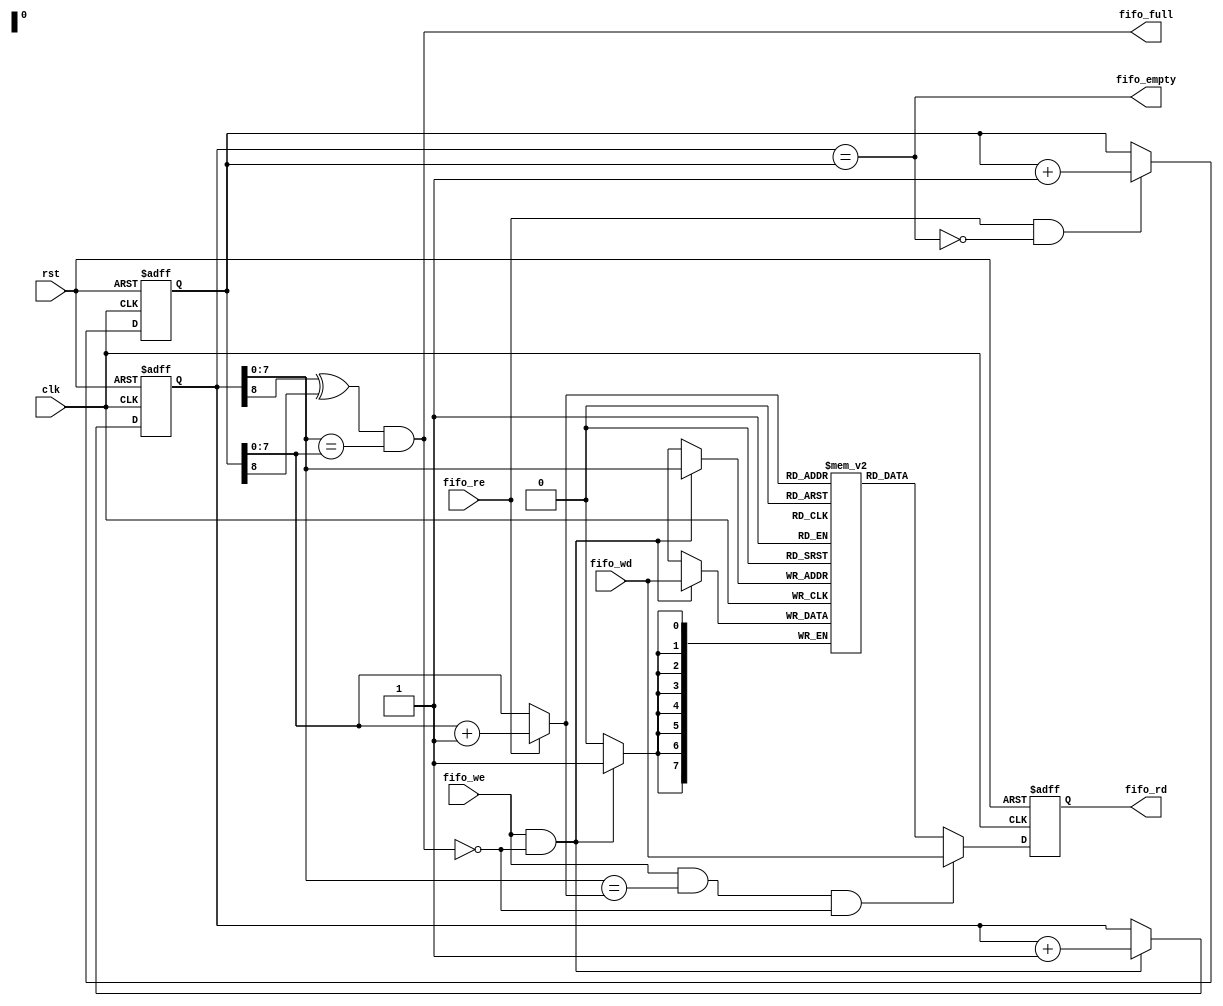
// ----------------------------------------------------------------------------
//
// ----------------------------------------------------------------------------
// PROJECT        : Selen
// AUTHOR         :
// AUTHOR'S EMAIL :
// ----------------------------------------------------------------------------
// DESCRIPTION    :
// ----------------------------------------------------------------------------

`ifndef INC_SYNC_FIFO
`define INC_SYNC_FIFO

module sync_fifo
#(
  parameter DWIDTH = 8,
  parameter AWIDTH = 8
)
(
  input                        clk,
  input                        rst,
  input                        fifo_we,
  input                        fifo_re,
  input         [DWIDTH -1 :0] fifo_wd,
  output reg    [DWIDTH -1 :0] fifo_rd,
  output wire                  fifo_full,
  output wire                  fifo_empty
);


  wire [AWIDTH-1:0] fifo_wa, fifo_ra;
  reg [DWIDTH-1:0] fifo_array [0:(1<<AWIDTH)-1];
  reg [AWIDTH:0] fifo_wptr, fifo_rptr;
  wire                            fifo_full_w;
  wire                            fifo_empty_w;

  assign fifo_full = fifo_full_w;
  assign fifo_empty = fifo_empty_w;

  always @(posedge clk, posedge rst)
    if(rst) fifo_wptr <= {AWIDTH+1{1'b0}};
    else if (fifo_we & !fifo_full_w) fifo_wptr <= fifo_wptr + {{AWIDTH{1'b0}},1'b1};

  always @(posedge clk, posedge rst)
    if(rst) fifo_rptr <= {AWIDTH+1{1'b0}};
    else if (fifo_re & !fifo_empty_w) fifo_rptr <= fifo_rptr + {{AWIDTH{1'b0}},1'b1};

  assign fifo_wa = fifo_wptr[AWIDTH-1:0];
  assign fifo_ra = fifo_re? (fifo_rptr[AWIDTH-1:0] + {{AWIDTH-1{1'b0}},1'b1}) : fifo_rptr[AWIDTH-1:0];

  always @(posedge clk)
    if(fifo_we & !fifo_full_w) fifo_array[fifo_wa] <= fifo_wd;

  always @(posedge clk, posedge rst)
    if(rst) fifo_rd <= {DWIDTH{1'b0}};
    else if (fifo_we & (fifo_wa == fifo_ra) & !fifo_full_w) fifo_rd <= fifo_wd;
    else fifo_rd <= fifo_array[fifo_ra];

  assign fifo_full_w = (fifo_wptr[AWIDTH]^fifo_rptr[AWIDTH]) & (fifo_wptr[AWIDTH-1:0] == fifo_rptr[AWIDTH-1:0]);
  assign fifo_empty_w = (fifo_wptr[AWIDTH:0] == fifo_rptr[AWIDTH:0]);

endmodule

`endif